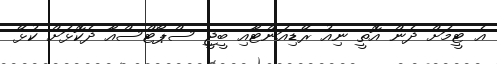
އެ ޓީމަށް ދެން އޮތީ ނިއު ރޭޑިއަންޓާއި ބީޖީ ސްޕޯޓްސްއާ ދެކޮޅަށް ކުޅޭ